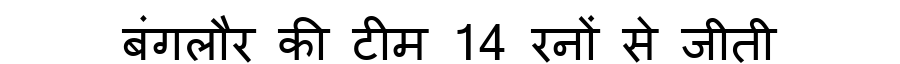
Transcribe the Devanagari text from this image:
बंगलौर की टीम 14 रनों से जीती